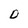
Character: D